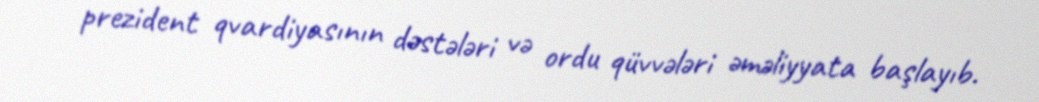
prezident qvardiyasının dəstələri və ordu qüvvələri əməliyyata başlayıb.